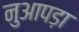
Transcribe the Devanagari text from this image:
नुआपड़ा